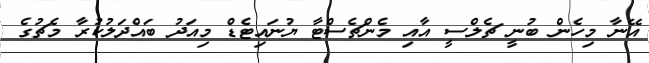
އޭނާ މިހެން ބުނީ ޗެލްސީ އާއި މެންޗެސްޓާ ޔުނައިޓެޑް މިއަދު ބައްދަލުކުރާ މެޗުގެ